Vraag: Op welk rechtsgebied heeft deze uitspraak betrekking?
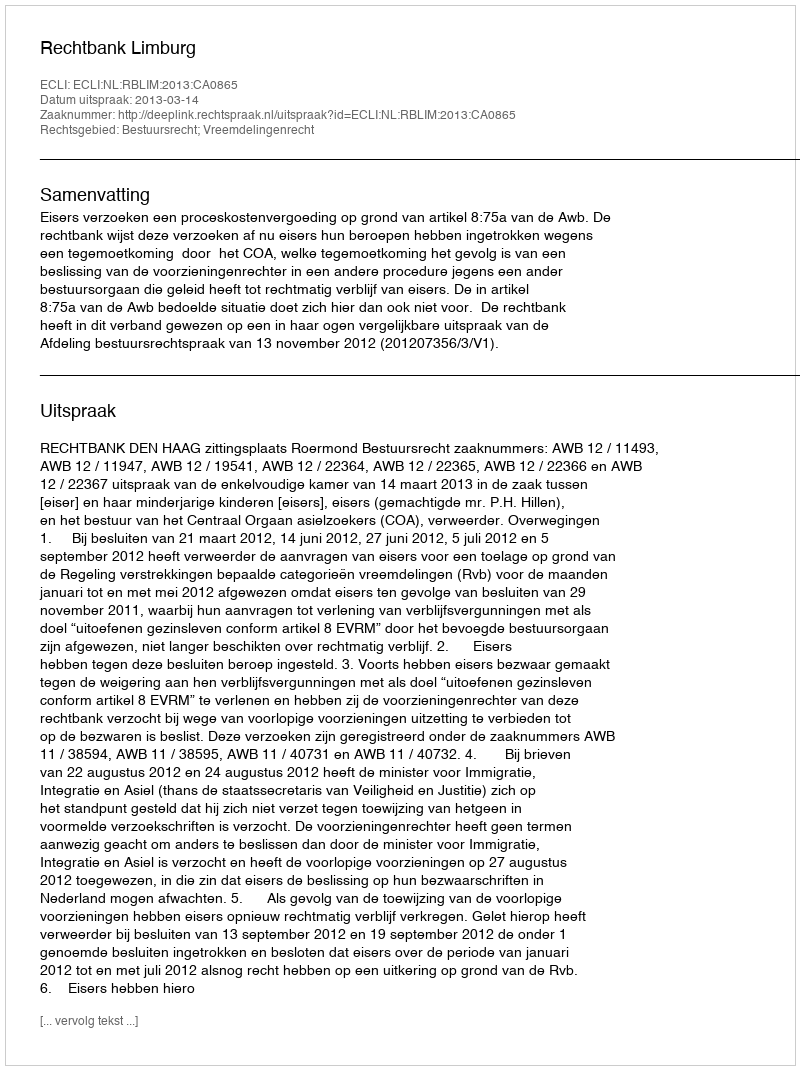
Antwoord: Bestuursrecht; Vreemdelingenrecht